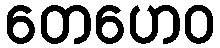
တေဟေဝ